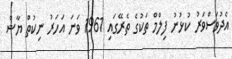
އެދުވަސްވަރު ކުޅުނު ފިލްމް ތަކުގެ ތެރޭގައި 1961 ވަނަ އަހަރު ނިކުތް ޔާޝް